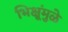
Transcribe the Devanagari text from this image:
भिक्षूंमुळे